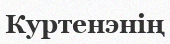
Куртенэнің